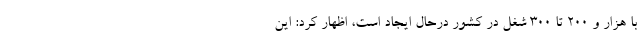
با هزار و ۲۰۰ تا ۳۰۰ شغل در کشور درحال ایجاد است، اظهار کرد: این